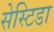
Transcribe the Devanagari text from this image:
सेस्टिडा